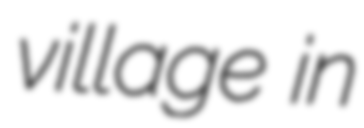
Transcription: village in